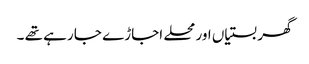
گھر بستیاں اور محلے اجاڑے جا رہے تھے ۔